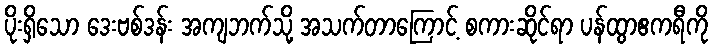
ပိုးရှိသော ဒေးဗစ်ဒန်း အကျဘက်သို့ အသက်တာကြောင့် စကားဆိုင်ရာ ပန်ထွာဧကရီကို